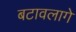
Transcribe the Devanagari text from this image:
बटावलागे